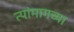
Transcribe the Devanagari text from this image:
त्यांमागच्या